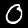
Label: 0